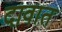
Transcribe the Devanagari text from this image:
दावात